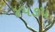
૪૫૭૫